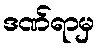
ဒဏ်ရာမှ